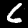
Label: 6